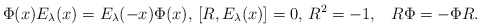
\begin{align*}\Phi(x)E_\lambda(x)= E_\lambda(-x)\Phi(x),\, [R,E_\lambda(x)]=0, \,R^2=-1, \,\,\,\,\,R\Phi=-\Phi R.\end{align*}